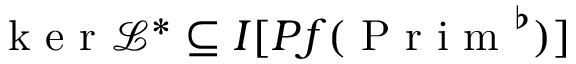
\mathrm { ~ k ~ e ~ r ~ } \mathcal { L } ^ { * } \subseteq I [ P f ( \mathrm { ~ P ~ r ~ i ~ m ~ } ^ { \flat } ) ]